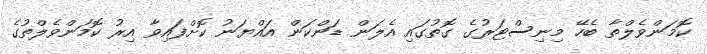
ކޮމަންވެލްތާ ބެހޭ މިނިސްޓަރުގެ ގޮތުގައި އެލަން ޑަންކަން އައްޔަނު ކޮށްފައިވާ އިރު ކޮމަންވެލްތުގެ